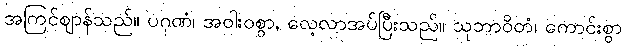
အကြင်ဈာန်သည်။ ပဂုဏံ၊ အဝါးဝစွာ, လေ့လာအပ်ပြီးသည်။ သုဘာဝိတံ၊ ကောင်းစွာ